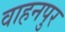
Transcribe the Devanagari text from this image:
वाहनपुर